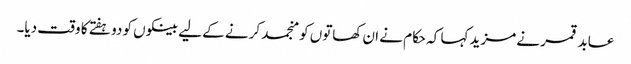
عابد قمر نے مزید کہا کہ حکام نے ان کھاتوں کو منجمد کرنے کے لیے بینکوں کو دو ہفتے کا وقت دیا۔